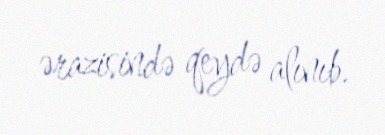
ərazisində qeydə alınıb.